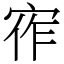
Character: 宱